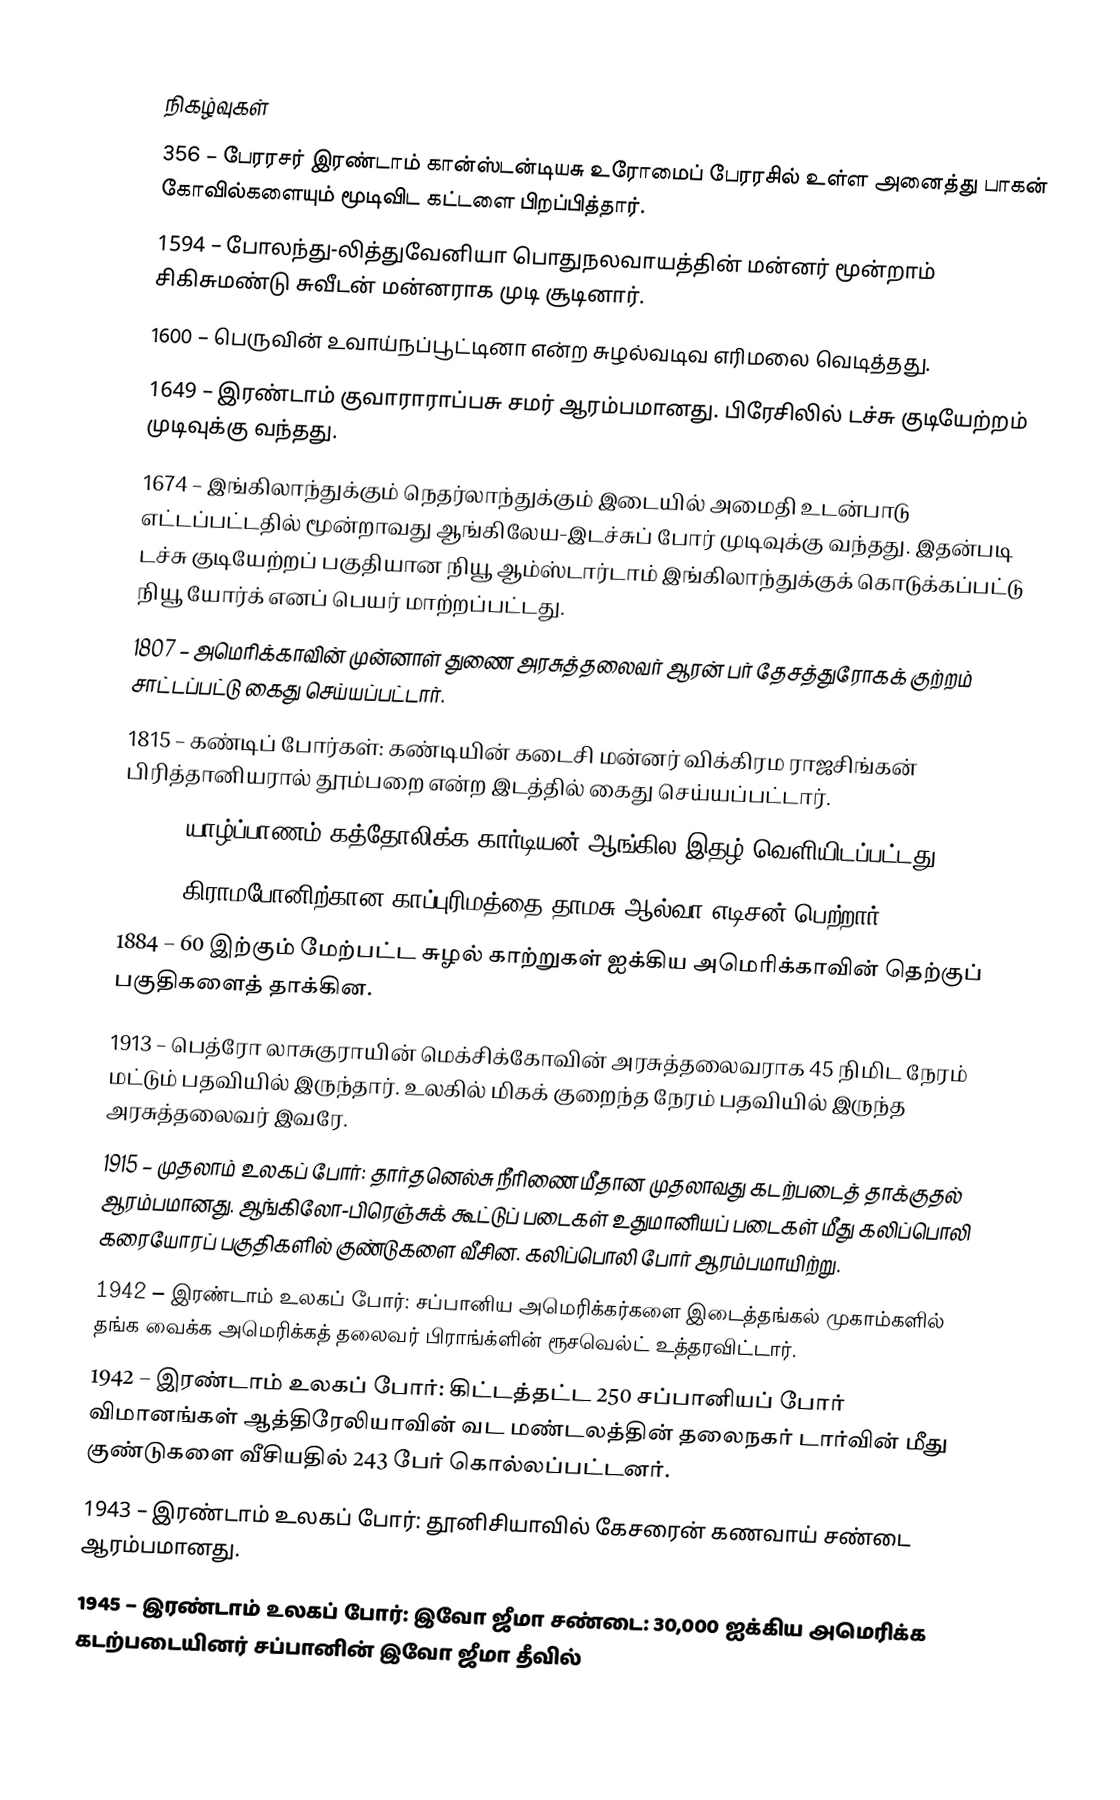

நிகழ்வுகள்
 356 – பேரரசர் இரண்டாம் கான்ஸ்டன்டியசு உரோமைப் பேரரசில் உள்ள அனைத்து பாகன் கோவில்களையும் மூடிவிட கட்டளை பிறப்பித்தார்.
1594 – போலந்து-லித்துவேனியா பொதுநலவாயத்தின் மன்னர் மூன்றாம் சிகிசுமண்டு சுவீடன் மன்னராக முடி சூடினார்.
1600 – பெருவின் உவாய்நப்பூட்டினா என்ற சுழல்வடிவ எரிமலை வெடித்தது.
1649 – இரண்டாம் குவாராராப்பசு சமர் ஆரம்பமானது. பிரேசிலில் டச்சு குடியேற்றம் முடிவுக்கு வந்தது.
1674 – இங்கிலாந்துக்கும் நெதர்லாந்துக்கும் இடையில் அமைதி உடன்பாடு எட்டப்பட்டதில் மூன்றாவது ஆங்கிலேய-இடச்சுப் போர் முடிவுக்கு வந்தது. இதன்படி டச்சு குடியேற்றப் பகுதியான நியூ ஆம்ஸ்டார்டாம் இங்கிலாந்துக்குக் கொடுக்கப்பட்டு நியூ யோர்க் எனப் பெயர் மாற்றப்பட்டது.
1807 – அமெரிக்காவின் முன்னாள் துணை அரசுத்தலைவர் ஆரன் பர் தேசத்துரோகக் குற்றம் சாட்டப்பட்டு கைது செய்யப்பட்டார்.
1815 – கண்டிப் போர்கள்: கண்டியின் கடைசி மன்னர் விக்கிரம ராஜசிங்கன் பிரித்தானியரால் தூம்பறை என்ற இடத்தில் கைது செய்யப்பட்டார்.
1876 – யாழ்ப்பாணம் கத்தோலிக்க கார்டியன் ஆங்கில இதழ் வெளியிடப்பட்டது.
1878 – கிராமபோனிற்கான காப்புரிமத்தை தாமசு ஆல்வா எடிசன் பெற்றார்.
1884 – 60 இற்கும் மேற்பட்ட சுழல் காற்றுகள் ஐக்கிய அமெரிக்காவின் தெற்குப் பகுதிகளைத் தாக்கின.
1913 – பெத்ரோ லாசுகுராயின் மெக்சிக்கோவின் அரசுத்தலைவராக 45 நிமிட நேரம் மட்டும் பதவியில் இருந்தார். உலகில் மிகக் குறைந்த நேரம் பதவியில் இருந்த அரசுத்தலைவர் இவரே.
1915 – முதலாம் உலகப் போர்: தார்தனெல்சு நீரிணை மீதான முதலாவது கடற்படைத் தாக்குதல் ஆரம்பமானது. ஆங்கிலோ-பிரெஞ்சுக் கூட்டுப் படைகள் உதுமானியப் படைகள் மீது கலிப்பொலி கரையோரப் பகுதிகளில் குண்டுகளை வீசின. கலிப்பொலி போர் ஆரம்பமாயிற்று.
1942 – இரண்டாம் உலகப் போர்: சப்பானிய அமெரிக்கர்களை இடைத்தங்கல் முகாம்களில் தங்க வைக்க அமெரிக்கத் தலைவர் பிராங்க்ளின் ரூசவெல்ட் உத்தரவிட்டார்.
1942 – இரண்டாம் உலகப் போர்: கிட்டத்தட்ட 250 சப்பானியப் போர் விமானங்கள் ஆத்திரேலியாவின் வட மண்டலத்தின் தலைநகர் டார்வின் மீது குண்டுகளை வீசியதில் 243 பேர் கொல்லப்பட்டனர்.
1943 – இரண்டாம் உலகப் போர்: தூனிசியாவில் கேசரைன் கணவாய் சண்டை ஆரம்பமானது.
1945 – இரண்டாம் உலகப் போர்: இவோ ஜீமா சண்டை: 30,000 ஐக்கிய அமெரிக்க கடற்படையினர் சப்பானின் இவோ ஜீமா தீவில்